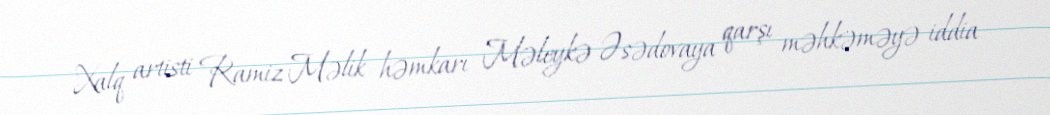
Xalq artisti Ramiz Məlik həmkarı Məleykə Əsədovaya qarşı məhkəməyə iddia